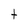
Character: t